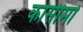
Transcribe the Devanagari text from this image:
कोसीमो